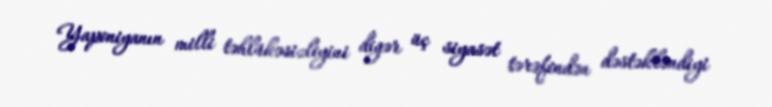
Yaponiyanın milli təhlükəsizliyini digər üç siyasət tərəfindən dəstəkləndiyi